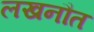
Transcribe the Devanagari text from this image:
लखनौत